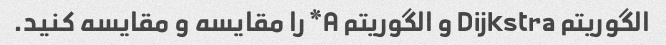
الگوریتم Dijkstra و الگوریتم A* را مقایسه و مقایسه کنید.